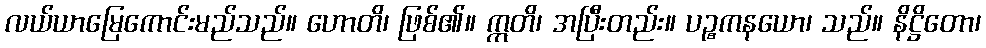
လယ်ယာမြေကောင်းမည်သည်။ ဟောတိ၊ ဖြစ်၏။ ဣတိ၊ အပြီးတည်း။ ပဉ္စကနယော၊ သည်။ နိဋ္ဌိတော၊